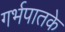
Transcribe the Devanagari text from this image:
गर्भपातके